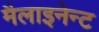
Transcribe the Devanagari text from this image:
मैलाइनेन्ट